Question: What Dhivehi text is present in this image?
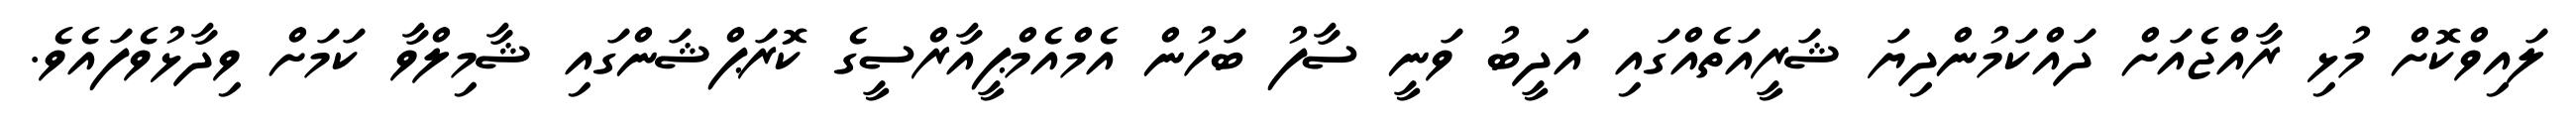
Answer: ލައިވްކޮށް މުޅި ރާއްޖެއަށް ދައްކަމުންދިޔަ ޝަރީއަތެއްގައި އަދީބު ވަނީ ސާފު ބަހުން އެމްއެމްޕީއާރްސީގެ ކޮރަޕްޝަންގައި ޝާމިލްވާ ކަމަށް ވިދާޅުވެފައެވެ.